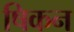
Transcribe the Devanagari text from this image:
षिकन